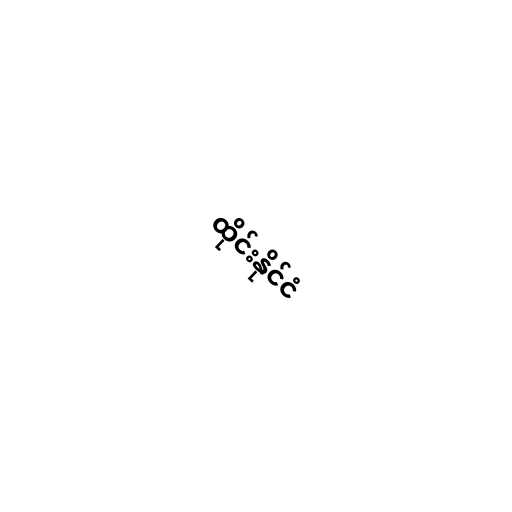
ထိုင်းနိုင်ငံ